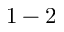
1 - 2